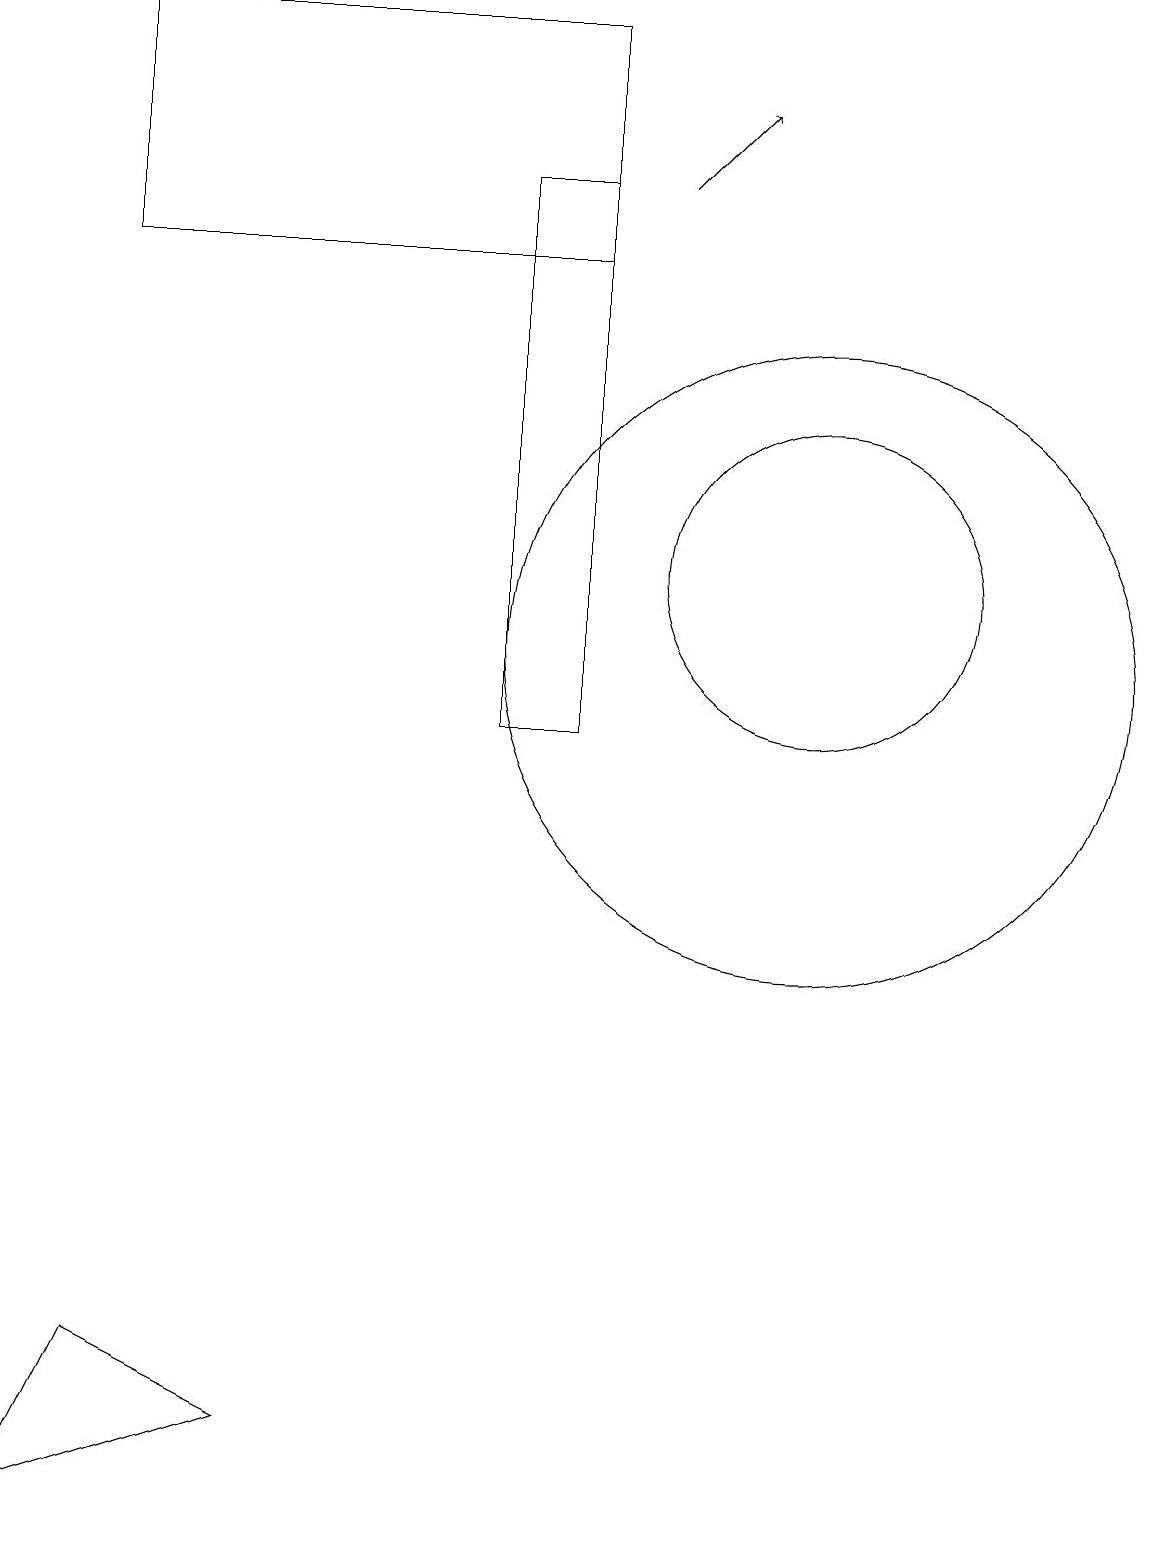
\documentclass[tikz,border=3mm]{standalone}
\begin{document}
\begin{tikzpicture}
\draw (6,17) rectangle (7,10);
\draw (10,12) circle (2);
\draw (7,19) rectangle (1,16);
\draw (11,12) circle (0);
\draw (3,1) -- (1,2) -- (0,0) -- cycle;
\draw[->] (8,17) -- (9,18);
\draw (10,11) circle (4);
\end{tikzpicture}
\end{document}